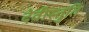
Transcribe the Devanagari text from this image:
देवीस्तुति